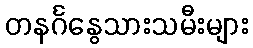
တနင်္ဂနွေသားသမီးများ